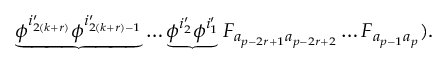
\underbrace { \phi ^ { i _ { 2 ( k + r ) } ^ { \prime } } \phi ^ { i _ { 2 ( k + r ) - 1 } ^ { \prime } } } \ldots \underbrace { \phi ^ { i _ { 2 } ^ { \prime } } \phi ^ { i _ { 1 } ^ { \prime } } } F _ { a _ { p - 2 r + 1 } a _ { p - 2 r + 2 } } \ldots F _ { a _ { p - 1 } a _ { p } } ) .